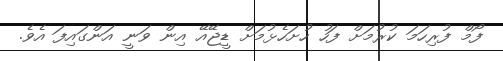
ފޯމް ފުރިހަމަ ކުރުމަށް ފަހު ހުށަހެޅުމަށް ޑީޖޭއޭ އިން ވަނީ އަންގައިފަ އެވެ.